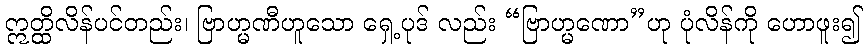
ဣတ္ထိလိန်ပင်တည်း၊ ဗြာဟ္မဏီဟူသော ရှေ့ပုဒ် လည်း “ဗြာဟ္မဏော”ဟု ပုံလိန်ကို ဟောဖူး၍